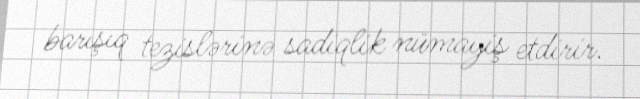
barışıq tezislərinə sadiqlik nümayiş etdirir.